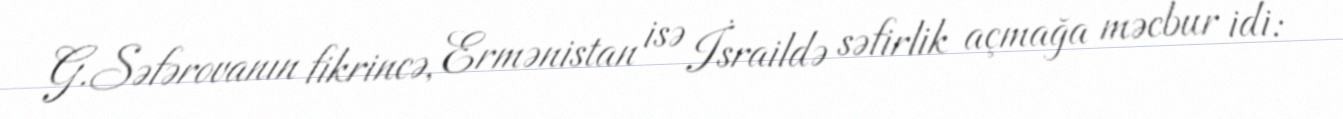
G.Səfərovanın fikrincə, Ermənistan isə İsraildə səfirlik açmağa məcbur idi: